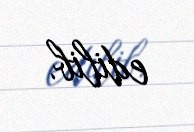
edilib.